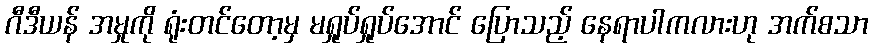
ဂီဒီယန် အမှုကို ရုံးတင်တော့မှ မရှုပ်ရှုပ်အောင် ပြောသည့် နေရာပါကလားဟု အက်စသာ